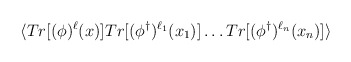
\begin{align*}\langle Tr[(\phi)^{\ell}(x)] Tr[(\phi^{\dagger})^{\ell_{1}}(x_{1})] \ldots Tr[(\phi^{\dagger})^{\ell_{n}}(x_{n})] \rangle \end{align*}